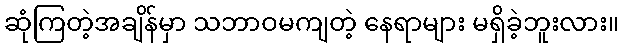
ဆုံကြတဲ့အချိန်မှာ သဘာဝမကျတဲ့ နေရာများ မရှိခဲ့ဘူးလား။